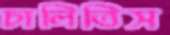
চালিতিস